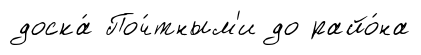
доска́ Поч́тным'и до райо́на